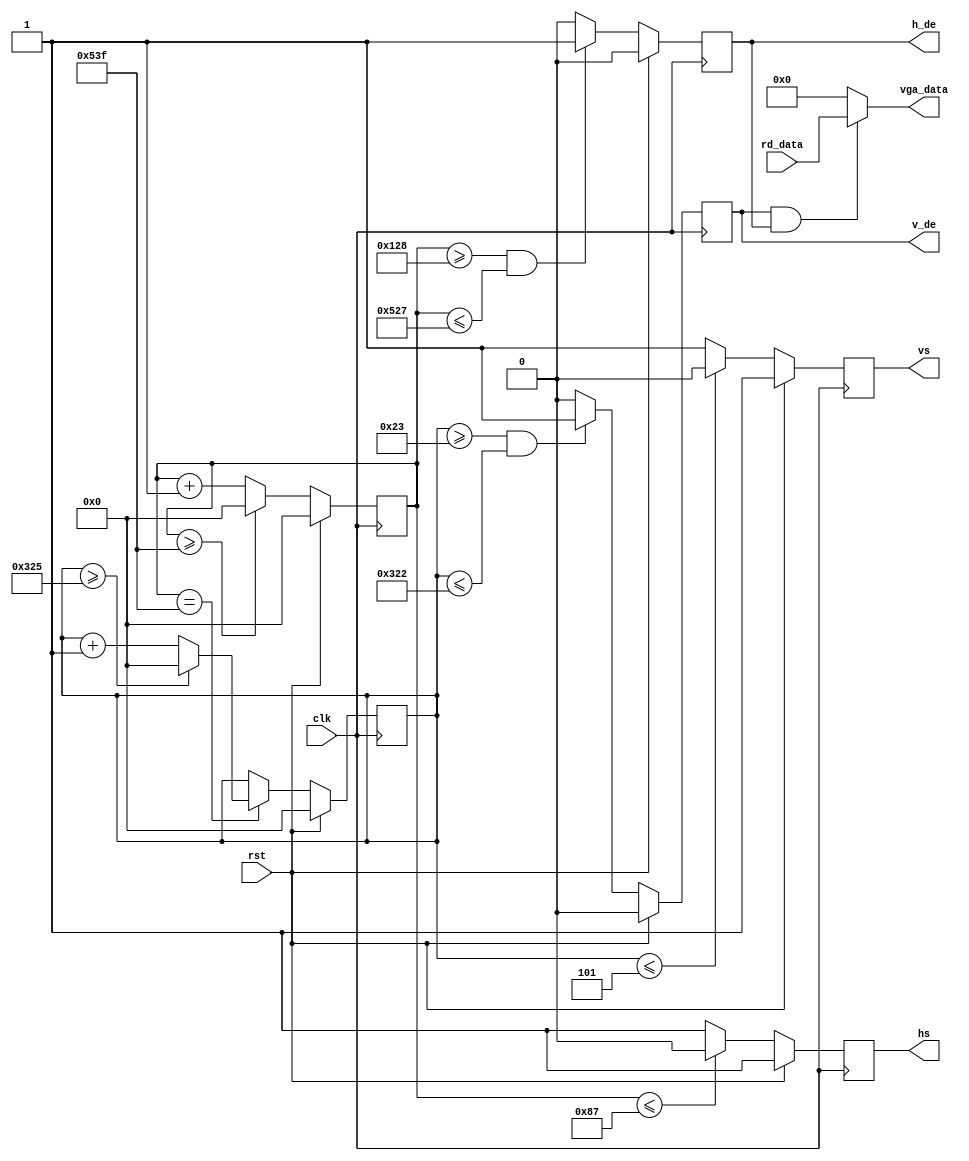
`timescale 1ns / 1ps
//////////////////////////////////////////////////////////////////////////////////
// Company: 
// Engineer: 
// 
// Design Name: 
// Module Name: vga_contoller
// Project Name: 
// Target Devices: 
// Tool Versions: 
// Description: 
// 
// Dependencies: 
// 
// Revision:
// Revision 0.01 - File Created
// Additional Comments:
// 
//////////////////////////////////////////////////////////////////////////////////

module vga_ctrl(
    input clk,rst,//clk=65MHzz
    input [11:0] rd_data, //r[11:8],g[7:4],b[3:0]
    output reg h_de,v_de,//data_enable
    output reg hs,vs,
    output [11:0] vga_data
    );
    parameter H_CNT = 11'd1343; //136+160+1024+24=1344-1
    parameter V_CNT = 11'd805; //6+29+768+3=806-1
    
    reg [10:0] h_cnt,v_cnt;
    
    always@(posedge clk)
    begin
        if(rst)
            h_cnt <= 11'd0;
        else if(h_cnt>=11'd1343)
            h_cnt <= 11'd0;
        else
            h_cnt <= h_cnt + 11'd1;
    end
    always@(posedge clk)
    begin
        if(rst)
            v_cnt <= 11'd0;
        else if(h_cnt==11'd1343)
        begin
            if(v_cnt>=11'd805)
                v_cnt <= 11'd0;
            else
                v_cnt <= v_cnt + 11'd1;
        end
    end
    always@(posedge clk)
    begin
        if(rst)
            h_de <= 1'b0;
        else if((h_cnt>=296)&&(h_cnt<=1319))
            h_de <= 1'b1;
        else
            h_de <= 1'b0;
    end
    always@(posedge clk)
    begin
        if(rst)
            v_de <= 1'b0;
        else if((v_cnt>=35)&&(v_cnt<=802))
            v_de <= 1'b1;
        else
            v_de <= 1'b0;
    end
    always@(posedge clk)
    begin
        if(rst)
            hs <= 1'b1;
        else if(h_cnt<=11'd135)
            hs <= 1'b0;
        else
            hs <= 1'b1;
    end
    always@(posedge clk)
    begin
        if(rst)
 
            vs <= 1'b1;
        else if(v_cnt<=11'd5)
            vs <= 1'b0;
        else
            vs <= 1'b1;
    end
    assign vga_data = ((v_de==1)&&(h_de==1))? rd_data : 12'h0;
endmodule